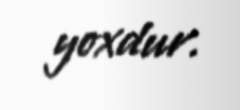
yoxdur.